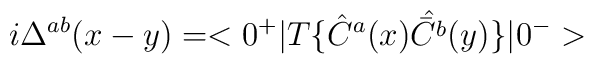
i\Delta ^{ab}(x-y)=<0^{+}|T\{\hat C^a(x)\hat {\bar C^b}(y)\}|0^{-}>